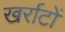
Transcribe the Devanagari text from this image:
खर्राटों